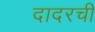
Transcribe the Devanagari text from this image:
दादरची